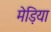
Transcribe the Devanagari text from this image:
मेड़िया